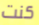
كنت